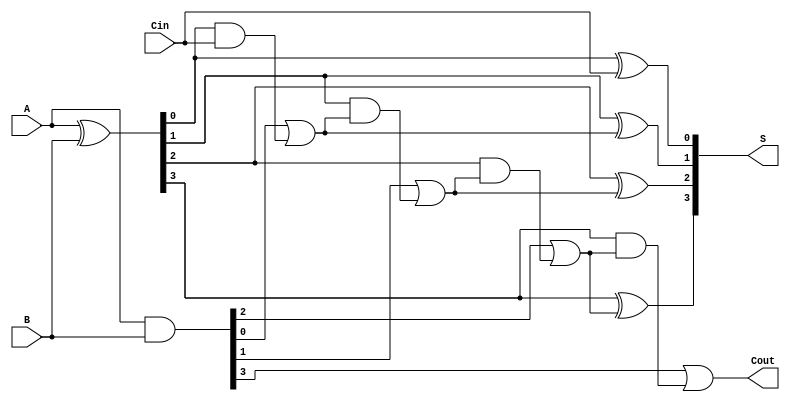
module CILA #(parameter n = 4) (
    input  wire [n-1:0] A,      // First operand
    input  wire [n-1:0] B,      // Second operand
    input  wire Cin,             // Carry input
    output wire [n-1:0] S,       // Sum output
    output wire Cout             // Carry output
);

    wire [n-1:0] G;              // Generate signals
    wire [n-1:0] P;              // Propagate signals
    wire [n:0] C;                // Carry signals (n+1 for Cin)

    // Generate and Propagate Logic
    assign G = A & B;             // Generate: G[i] = A[i] AND B[i]
    assign P = A ^ B;             // Propagate: P[i] = A[i] XOR B[i]

    // Carry Signals
    assign C[0] = Cin;            // C[0] = Cin
    genvar i;
    generate
        for (i = 1; i < n; i = i + 1) begin : carry_logic
            assign C[i] = G[i-1] | (P[i-1] & C[i-1]); // C[i] = G[i-1] OR (P[i-1] AND C[i-1])
        end
    endgenerate
    assign C[n] = G[n-1] | (P[n-1] & C[n-1]);  // Cout = G[n-1] OR (P[n-1] AND C[n-1])

    // Sum Calculation
    generate
        for (i = 0; i < n; i = i + 1) begin : sum_logic
            assign S[i] = P[i] ^ C[i];  // S[i] = P[i] XOR C[i]
        end
    endgenerate

    assign Cout = C[n];            // Final carry out

endmodule